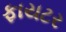
ફાયટર